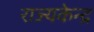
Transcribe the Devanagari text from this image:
राज्यकेन्द्र